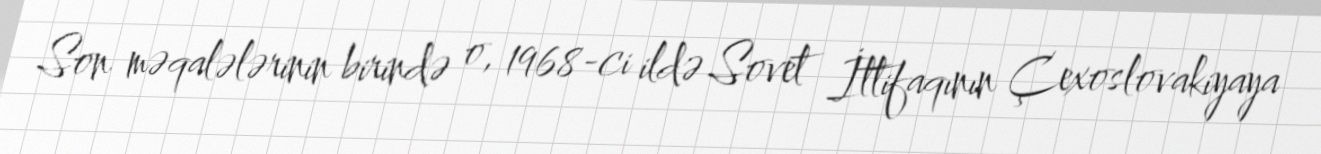
Son məqalələrinin birində o, 1968-ci ildə Sovet İttifaqının Çexoslovakiyaya